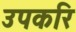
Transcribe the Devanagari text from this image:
उपकरि